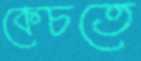
কেচতে